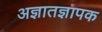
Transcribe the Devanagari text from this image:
अज्ञातज्ञापक